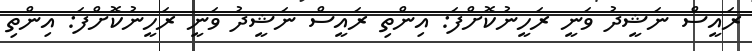
ރައީސް ނަޝީދު ވަނީ ރަހީނުކޮށްފަ: އިންތި ރައީސް ނަޝީދު ވަނީ ރަހީނުކޮށްފަ: އިންތި